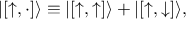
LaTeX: | [ { \uparrow } , \cdot ] \rangle \equiv | [ { \uparrow } , { \uparrow } ] \rangle + | [ { \uparrow } , { \downarrow } ] \rangle ,